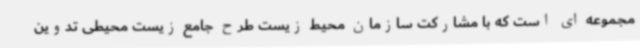
مجموعه ای است که با مشارکت سازمان محیط زیست طرح جامع زیست محیطی تدوین